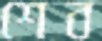
শেব